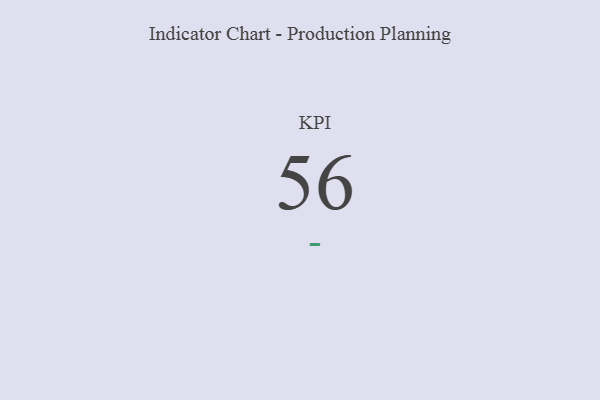
{"axis": {"x": "KPI", "y": "Value"}, "legend": [""], "data": [{"x": "KPI", "y": 56, "type": ""}]}